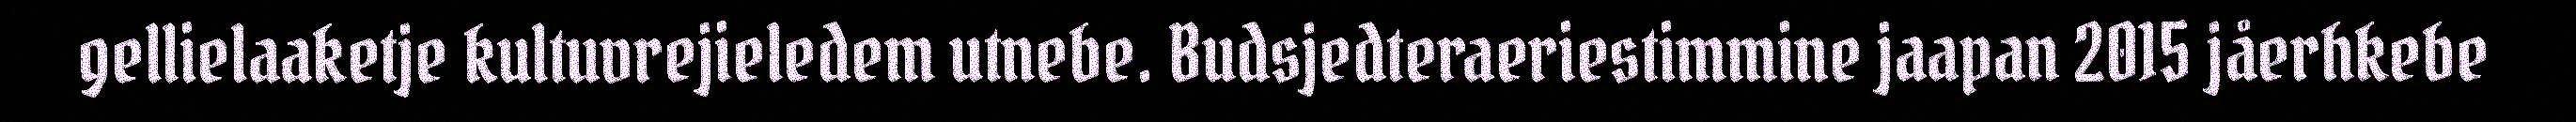
gellielaaketje kultuvrejieledem utnebe. Budsjedteraeriestimmine jaapan 2015 jåerhkebe